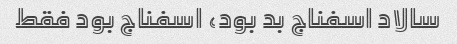
سالاد اسفناج بد بود، اسفناج بود فقط